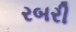
રબરી